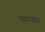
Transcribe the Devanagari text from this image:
घाण्यात